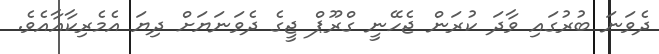
ދެވަނަ ބުރުގައި ވާދަ ކުރަން ޖެހޭނީ ގްރޫޕް ޖީގެ ދެވަނަޔަށް ދިޔަ އެމެރިކާއާއެވެ.